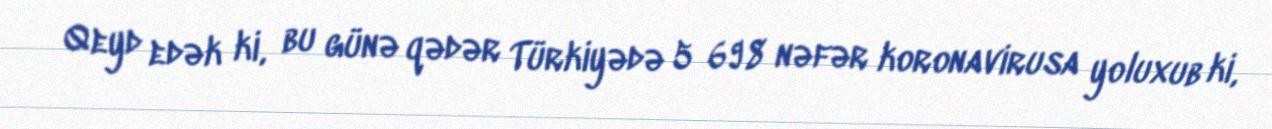
Qeyd edək ki, bu günə qədər Türkiyədə 5 698 nəfər koronavirusa yoluxub ki,